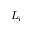
L _ { i }